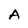
Character: A